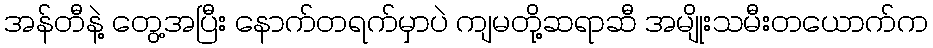
အန်တီနဲ့ တွေ့အပြီး နောက်တရက်မှာပဲ ကျမတို့ဆရာဆီ အမျိုးသမီးတယောက်က